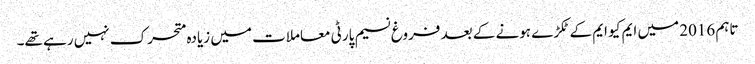
تاہم 2016 میں ایم کیو ایم کے ٹکڑے ہونے کے بعد فروغ نسیم پارٹی معاملات میں زیادہ متحرک نہیں رہے تھے۔